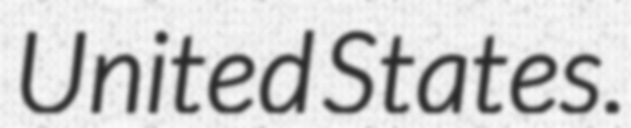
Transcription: United States.